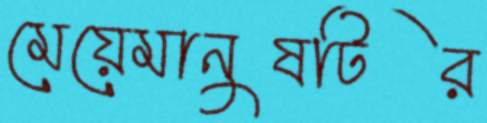
মেয়েমানুষটির